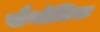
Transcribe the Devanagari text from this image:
खैथोलिक